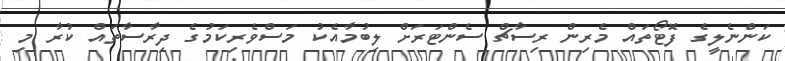
ކަންނެލީގެ ފޮޓޯތައް މެރިން ރިސާޗް ސެންޓަރަށް ލިބުމާއެކު މަސްވެރިކަމުގެ ދިރާސާތައް ކުރާ މި